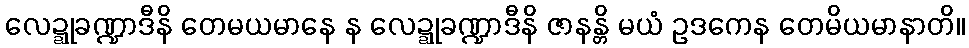
လေဍ္ဍုခဏ္ဍာဒီနိ တေမယမာနေ န လေဍ္ဍုခဏ္ဍာဒီနိ ဇာနန္တိ မယံ ဥဒကေန တေမိယမာနာတိ။